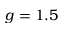
g = 1 . 5